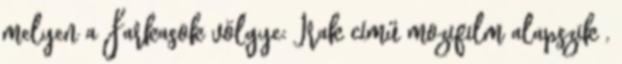
melyen a Farkasok völgye: Irak című mozifilm alapszik ,